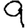
Digit: 9